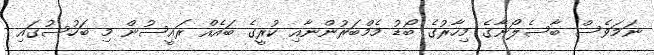
ނަމަވެސް ބާސެލޯނާގެ މިހާރުގެ ބޯޑު މެމްބަރުންނާއި ކުރީގެ ބައެއް ރައީސުން މި ބަހުސުގައި